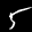
Label: 5